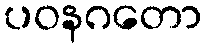
ပဝနဂတော